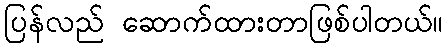
ပြန်လည် ဆောက်ထားတာဖြစ်ပါတယ်။